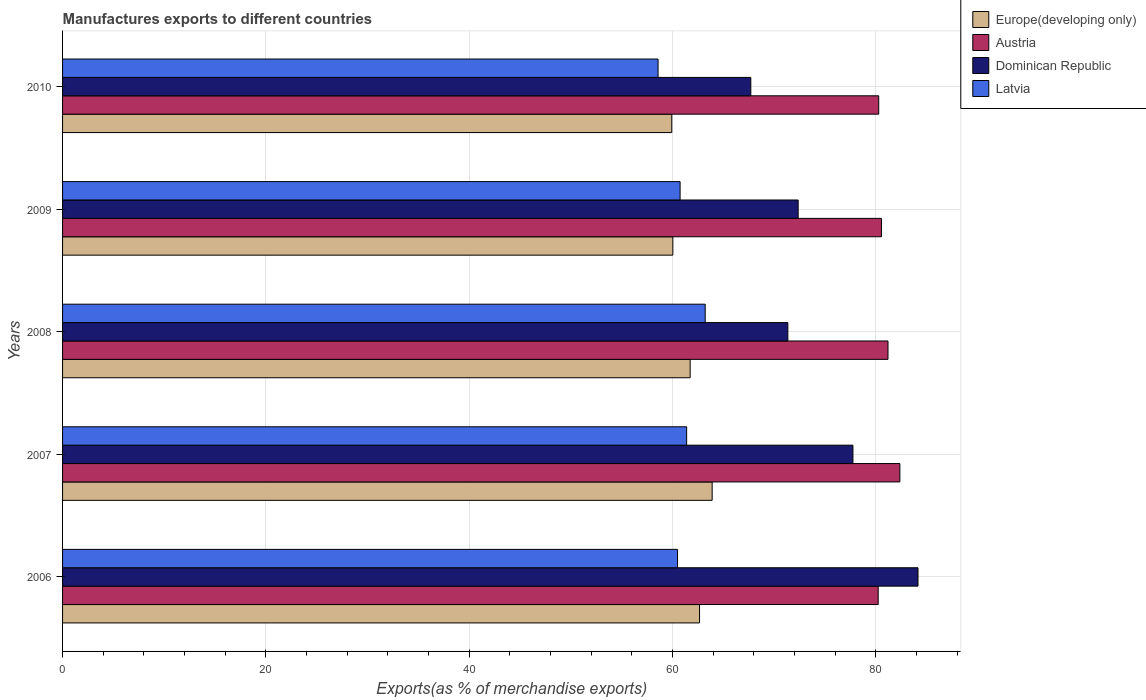
| Years | Europe(developing only) | Austria | Dominican Republic | Latvia |
 | --- | --- | --- | --- | --- |
 | 2006 | 62.7 | 80.2 | 84.2 | 60.5 |
 | 2007 | 63.9 | 82.4 | 77.8 | 61.4 |
 | 2008 | 61.7 | 81.2 | 71.3 | 63.2 |
 | 2009 | 60 | 80.6 | 72.4 | 60.7 |
 | 2010 | 59.9 | 80.3 | 67.7 | 58.6 |